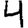
Digit: 4